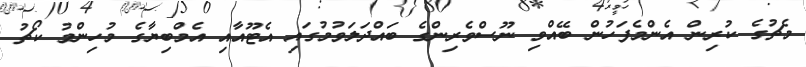
މެޗުގެ ކުރިން އެންމެފަހުން ބޭއްވި ނޫސްވެރިންގެ ބައްދަލަވުމުގައި އެޓޫއާއި އެމްބިޔާގެ މުހިންމު ކޯޗު